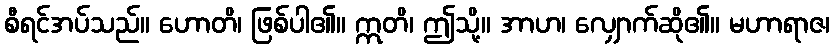
စီရင်အပ်သည်။ ဟောတိ၊ ဖြစ်ပါ၏။ ဣတိ၊ ဤသို့။ အာဟ၊ လျှောက်ဆို၏။ မဟာရာဇ၊